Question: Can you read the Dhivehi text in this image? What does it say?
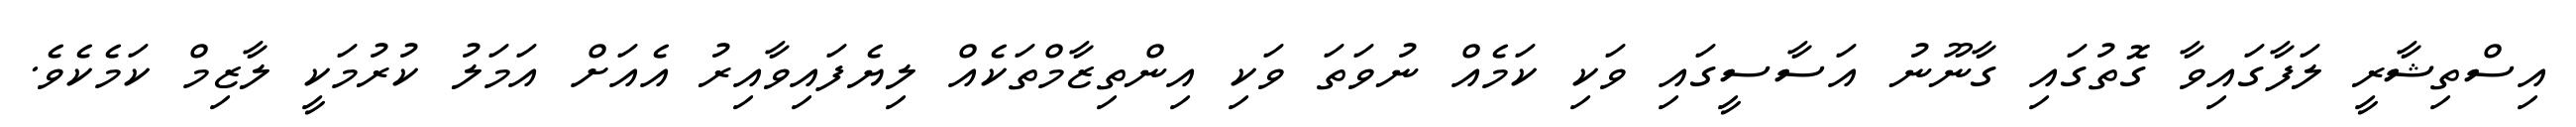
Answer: އިސްތިޝާރީ ލަފާގައިވާ ގޮތުގައި ގާނޫނު އަސާސީގައި ވަކި ކަމެއް ނުވަތަ ވަކި އިންތިޒާމްތަކެއް ލިޔެފައިވާއިރު އެއަށް އަމަލު ކުރުމަކީ ލާޒިމް ކަމެކެވެ.